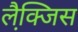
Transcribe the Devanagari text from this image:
लैक्जि़स